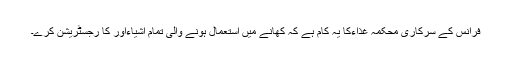
فرانس کے سرکاری محکمہ غذاءکا یہ کام ہے کہ کھانے میں استعمال ہونے والی تمام اشیاءاور کا رجسٹریشن کرے۔